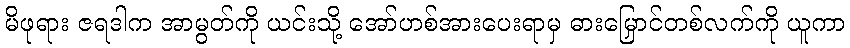
မိဖုရား ဇရဒါက အာမွတ်ကို ယင်းသို့ အော်ဟစ်အားပေးရာမှ ဓားမြှောင်တစ်လက်ကို ယူကာ